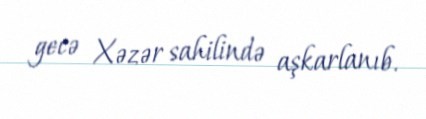
gecə Xəzər sahilində aşkarlanıb.